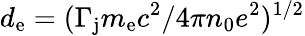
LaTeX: d_{\mathrm{e}}=(\Gamma_{\mathrm{j}}m_{\mathrm{e}}c^{2}/4\pi n_{0}e^{2})^{1/2}